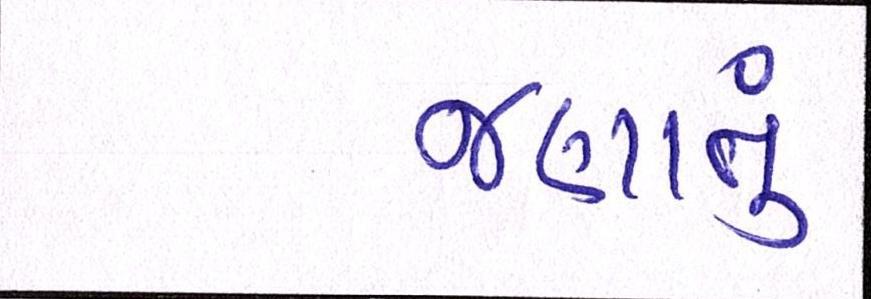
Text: જણાતું